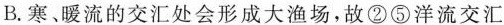
B.寒、暖流的交汇处会形成大渔场，故②⑤洋流交汇